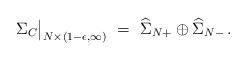
LaTeX: \begin{align*}\Sigma_C\big|_{N\times(1-\epsilon,\infty)}\ =\ \widehat{\Sigma}_{N+}\oplus\widehat{\Sigma}_{N-}\,.\end{align*}